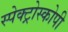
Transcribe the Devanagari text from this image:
स्‍पेक्‍ट्रोस्‍कोपी